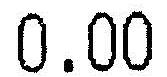
0.00